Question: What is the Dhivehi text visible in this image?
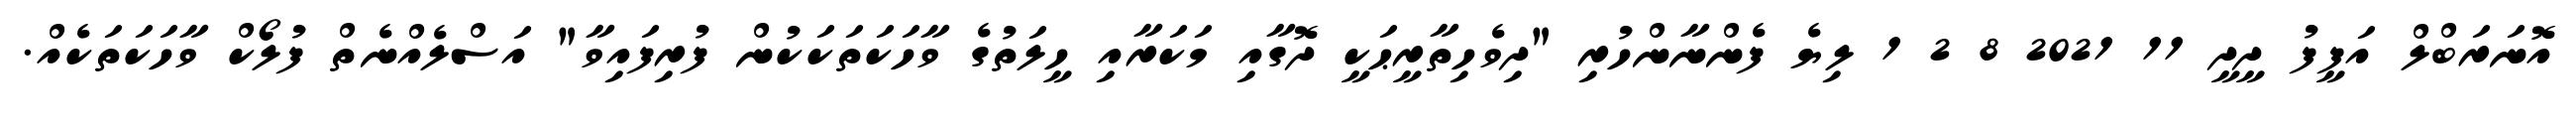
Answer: އޮނަރަބްލް އަފީފު ދީދީ 11 2021 8 2 1 ލިޔެ ފެންނާންހުރި "ދިވެހިތާރީޙަކީ ދޮގާއި މަކަރާއި ހީލަތުގެ ވާހަކަތަކަކުން ފުރިފައިވާ" އަސްލެއްނެތް ފުލޯކް ވާހަކަތަކެއް.